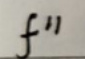
$f^{''}$